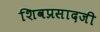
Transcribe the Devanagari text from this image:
शिवप्रसादजी